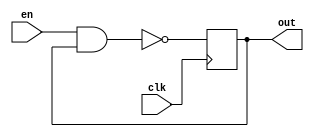
(* dont_touch = "yes" *)
module ro1(
    input en,
    input clk,
    output reg out
    );
	 
    (* S= "TRUE"*)(* ALLOW_COMBINATORIAL_LOOPS = "true", KEEP = "true" *) 
    wire p, q, r, s;
        
    nand #1.150(p, en, out);
    and  #1.987(q, p, p);
    and  #0.503(r, q, q);
    and  #1.863(s, r, r);
    always @(posedge clk)
        #0.756 out <= s & s;

endmodule

(* dont_touch = "yes" *)
module ro2(
    input en,
    input clk,
    output reg out
    );
	 
    (* S= "TRUE"*)(* ALLOW_COMBINATORIAL_LOOPS = "true", KEEP = "true" *) 
    wire p, q, r, s;
        
    nand #1.155(p, en, out);
    and  #0.143(q, p, p);
    and  #0.454(r, q, q);
    and  #0.955(s, r, r);
    always @(posedge clk)
        #0.012 out <= s & s;

endmodule

(* dont_touch = "yes" *)
module ro3(
    input en,
    input clk,
    output reg out
    );
	 
    (* S= "TRUE"*)(* ALLOW_COMBINATORIAL_LOOPS = "true", KEEP = "true" *) 
    wire p, q, r, s;
        
    nand #1.480(p, en, out);
    and  #1.208(q, p, p);
    and  #1.852(r, q, q);
    and  #0.550(s, r, r);
    always @(posedge clk)
        #1.480 out <= s & s;

endmodule

(* dont_touch = "yes" *)
module ro4(
    input en,
    input clk,
    output reg out
    );
	 
    (* S= "TRUE"*)(* ALLOW_COMBINATORIAL_LOOPS = "true", KEEP = "true" *) 
    wire p, q, r, s;
        
    nand #0.432(p, en, out);
    and  #0.394(q, p, p);
    and  #0.753(r, q, q);
    and  #0.423(s, r, r);
    always @(posedge clk)
        #0.753 out <= s & s;

endmodule